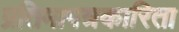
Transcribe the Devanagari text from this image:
प्रतिमापत्रकारिता